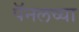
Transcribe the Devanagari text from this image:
पॅनलच्या